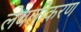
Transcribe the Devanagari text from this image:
लेबलीकरण